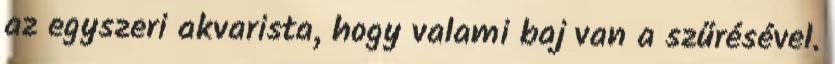
az egyszeri akvarista, hogy valami baj van a szűrésével.